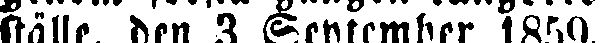
ställe, den 3 September 1859.